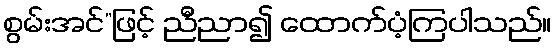
စွမ်းအင်”ဖြင့် ညီညာ၍ ထောက်ပံ့ကြပါသည်။